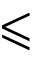
\leqslant